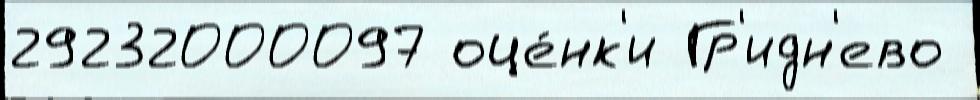
29232000097 оце́нк'и Гр'идн'ево